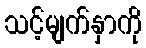
သင့်မျက်နှာကို